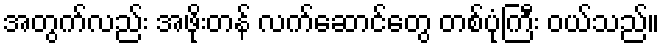
အတွက်လည်း အဖိုးတန် လက်ဆောင်တွေ တစ်ပုံကြီး ဝယ်သည်။